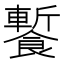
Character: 䭕